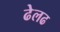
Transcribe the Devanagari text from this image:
ढेलढ